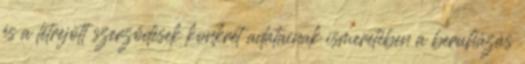
és a létrejött szerződések konkrét adatainak ismeretében a beruházás